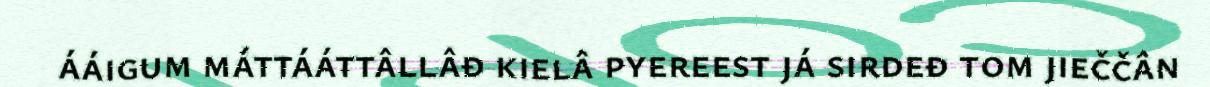
ááigum máttááttâllâđ kielâ pyereest já sirdeđ tom jieččân